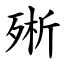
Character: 㱤